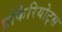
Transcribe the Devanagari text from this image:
प्रोकैरियोट्स